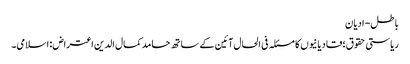
باطل- ادیان
ریاستی حقوق؛ قادیانیوں کا مسئلہ فی الحال آئین کے ساتھ حامد کمال الدین اعتراض: اسلامی۔